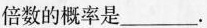
倍数的概率是___.